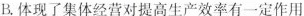
B.体现了集体经营对提高生产效率有一定作用